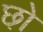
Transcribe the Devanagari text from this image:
छो़